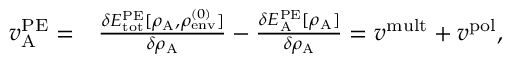
\begin{array} { r l } { v _ { \mathrm { A } } ^ { \mathrm { P E } } = } & { \frac { \delta E _ { \mathrm { t o t } } ^ { \mathrm { P E } } [ \rho _ { \mathrm { A } } , \rho _ { \mathrm { e n v } } ^ { ( 0 ) } ] } { \delta \rho _ { \mathrm { A } } } - \frac { \delta E _ { \mathrm { A } } ^ { \mathrm { P E } } [ \rho _ { \mathrm { A } } ] } { \delta \rho _ { \mathrm { A } } } = { v } ^ { \mathrm { m u l t } } + { v } ^ { \mathrm { p o l } } , } \end{array}